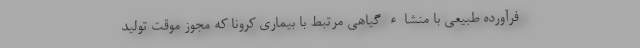
فرآورده طبیعی با منشاء گیاهی مرتبط با بیماری کرونا که مجوز موقت تولید